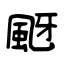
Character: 颬